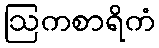
ဩကစာရိကံ